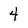
Character: 4